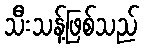
သီးသန့်ဖြစ်သည်